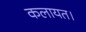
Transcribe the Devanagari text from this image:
कलायत।